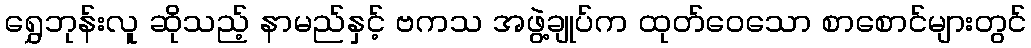
ရွှေဘုန်းလူ ဆိုသည့် နာမည်နှင့် ဗကသ အဖွဲ့ချုပ်က ထုတ်ဝေသော စာစောင်များတွင်